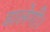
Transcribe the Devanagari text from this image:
डालेगी।